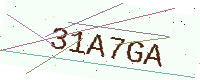
Text: 31A7GA